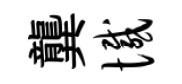
龔憾